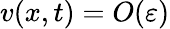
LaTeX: v(x,t)=O(\varepsilon)